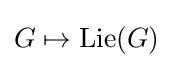
G\mapsto \mathrm {Lie} (G)